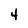
Character: 4